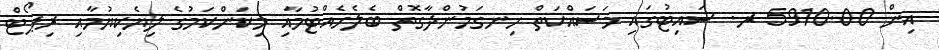
އިން 5910.00 ރ. ސައިޓުގައި މަސައްކަތް ހިނގަމުންދާގޮތް ބެލެހެއްޓުމާއި މިކަންކަމުގެ ލިޔެކިޔުމާއި ރިޕޯޓް